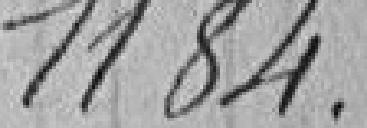
1184.